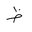
Letter: _za